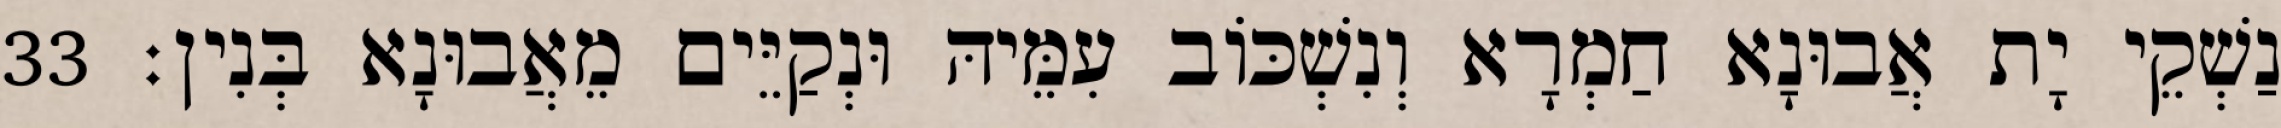
נַשְׁקֵי יָת אֲבוּנָא חַמְרָא וְנִשְׁכּוֹב עִמֵּיהּ וּנְקַיֵּים מֵאֲבוּנָא בְּנִין׃ 33